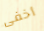
أخفى